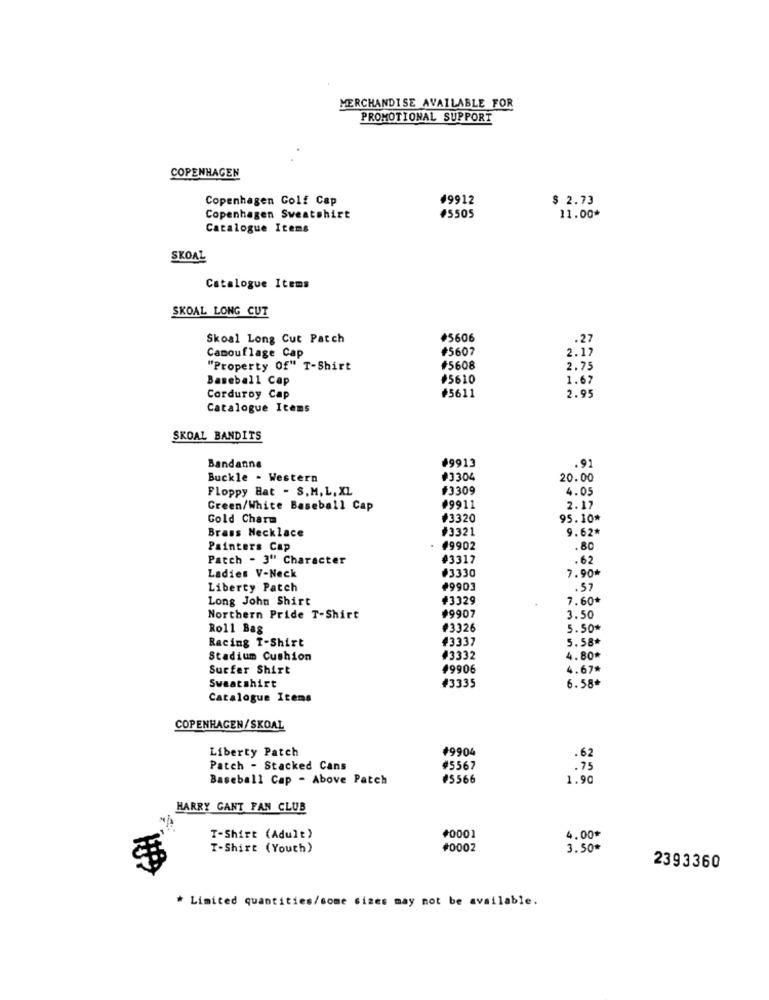
MERCHANDISE AVAILABLE FOR
PROMOTIONAL SUPPORT
COPENHAGEN
Copenhagen Golf Cap
#9912
$ 2.73
Copenhagen Sweatshirt
#5505
11.00*
Catalogue Items
SKOAL
Catalogue Items
SKOAL LONG CUT
Skoal Long Cut Patch
#5606
#5607
2.17
.27
Camouflage Cap
"Property Of" T-Shirt
#5608
2.75
Baseball Cap
#5610
1.67
Corduroy Cap
#5611
2.95
Catalogue Items
SKOAL BANDITS
#9913
Bandanna
.91
Buckle - Western
#3304
20.00
Floppy Hat - S.M, L, XL
#3309
4.05
2.17
Creen/White Baseball Cap
#9911
Gold Charm
₩3320
95.10*
Brans Necklace
#3321
9.62*
Painters Cap
. #9902
.80
Patch - 3" Character
#3312
.62
Ladies V-Neck
#3330
7.90*
Liberty Patch
₦9903
.57
Long John Shirt
#3329
7.60
#9907
Northern Pride T-Shirt
3.50
Roll Bag
#3326
5.50*
Racing T-Shirt
#3337
5.58*
Stadium Cushion
#3332
4.80*
Surfer Shirt
49906
4.67*
#3335
Sweatshirt
6.58*
Catalogue Items
COPENHAGEN/SKOAL
Liberty Patch
#9904
.62
Patch - Stacked Cans
#5567
.75
Baseball Cap - Above Patch
#5566
1.90
HARRY CANT FAN CLUB
T-Shirt (Adult)
#0001
4.00*
T-Shirt (Youth)
#0002
3.50€
2393360
* Limited quantities/come sizes may not be available.